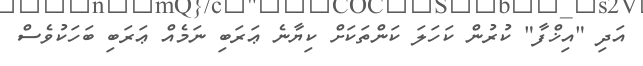
އަދި "އިޚްފާ" ކުރުން ކަހަލަ ކަންތަކަށް ކިޔާނެ ޢަރަބި ނަމެއް ޢަރަބި ބަހަކުވެސް